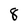
Character: 8